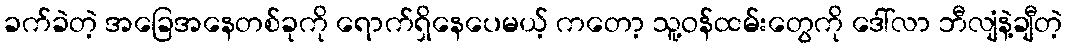
ခက်ခဲတဲ့ အခြေအနေတစ်ခုကို ရောက်ရှိနေပေမယ့် ကတော့ သူ့ဝန်ထမ်းတွေကို ဒေါ်လာ ဘီလျံနဲ့ချီတဲ့